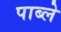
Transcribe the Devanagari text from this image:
पाब्ले